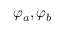
\varphi _ { a } , \varphi _ { b }